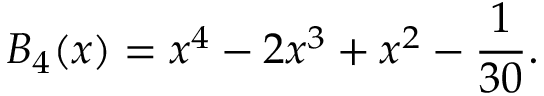
B _ { 4 } ( x ) = x ^ { 4 } - 2 x ^ { 3 } + x ^ { 2 } - \frac { 1 } { 3 0 } .